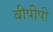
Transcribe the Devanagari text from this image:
बीपीपी